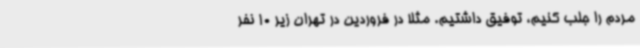
مردم را جلب کنیم، توفیق داشتیم. مثلا در فروردین در تهران زیر 10 نفر